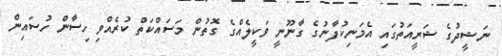
ނަޝީދުގެ ޝަރީއަތުގައި އެމަނިކުފާނުގެ ގާނޫނީ ވަކީލެއްގެ ގޮތުން މަސައްކަތް ކުރެއްވި ހިސާން ހުސައިން